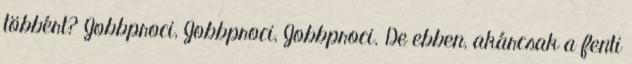
többért? Jobbproci, Jobbproci, Jobbproci. De ebben, akárcsak a fenti